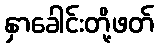
နှာခေါင်းတို့ဖတ်